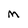
Character: M